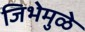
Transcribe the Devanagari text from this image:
जिभेमुळे